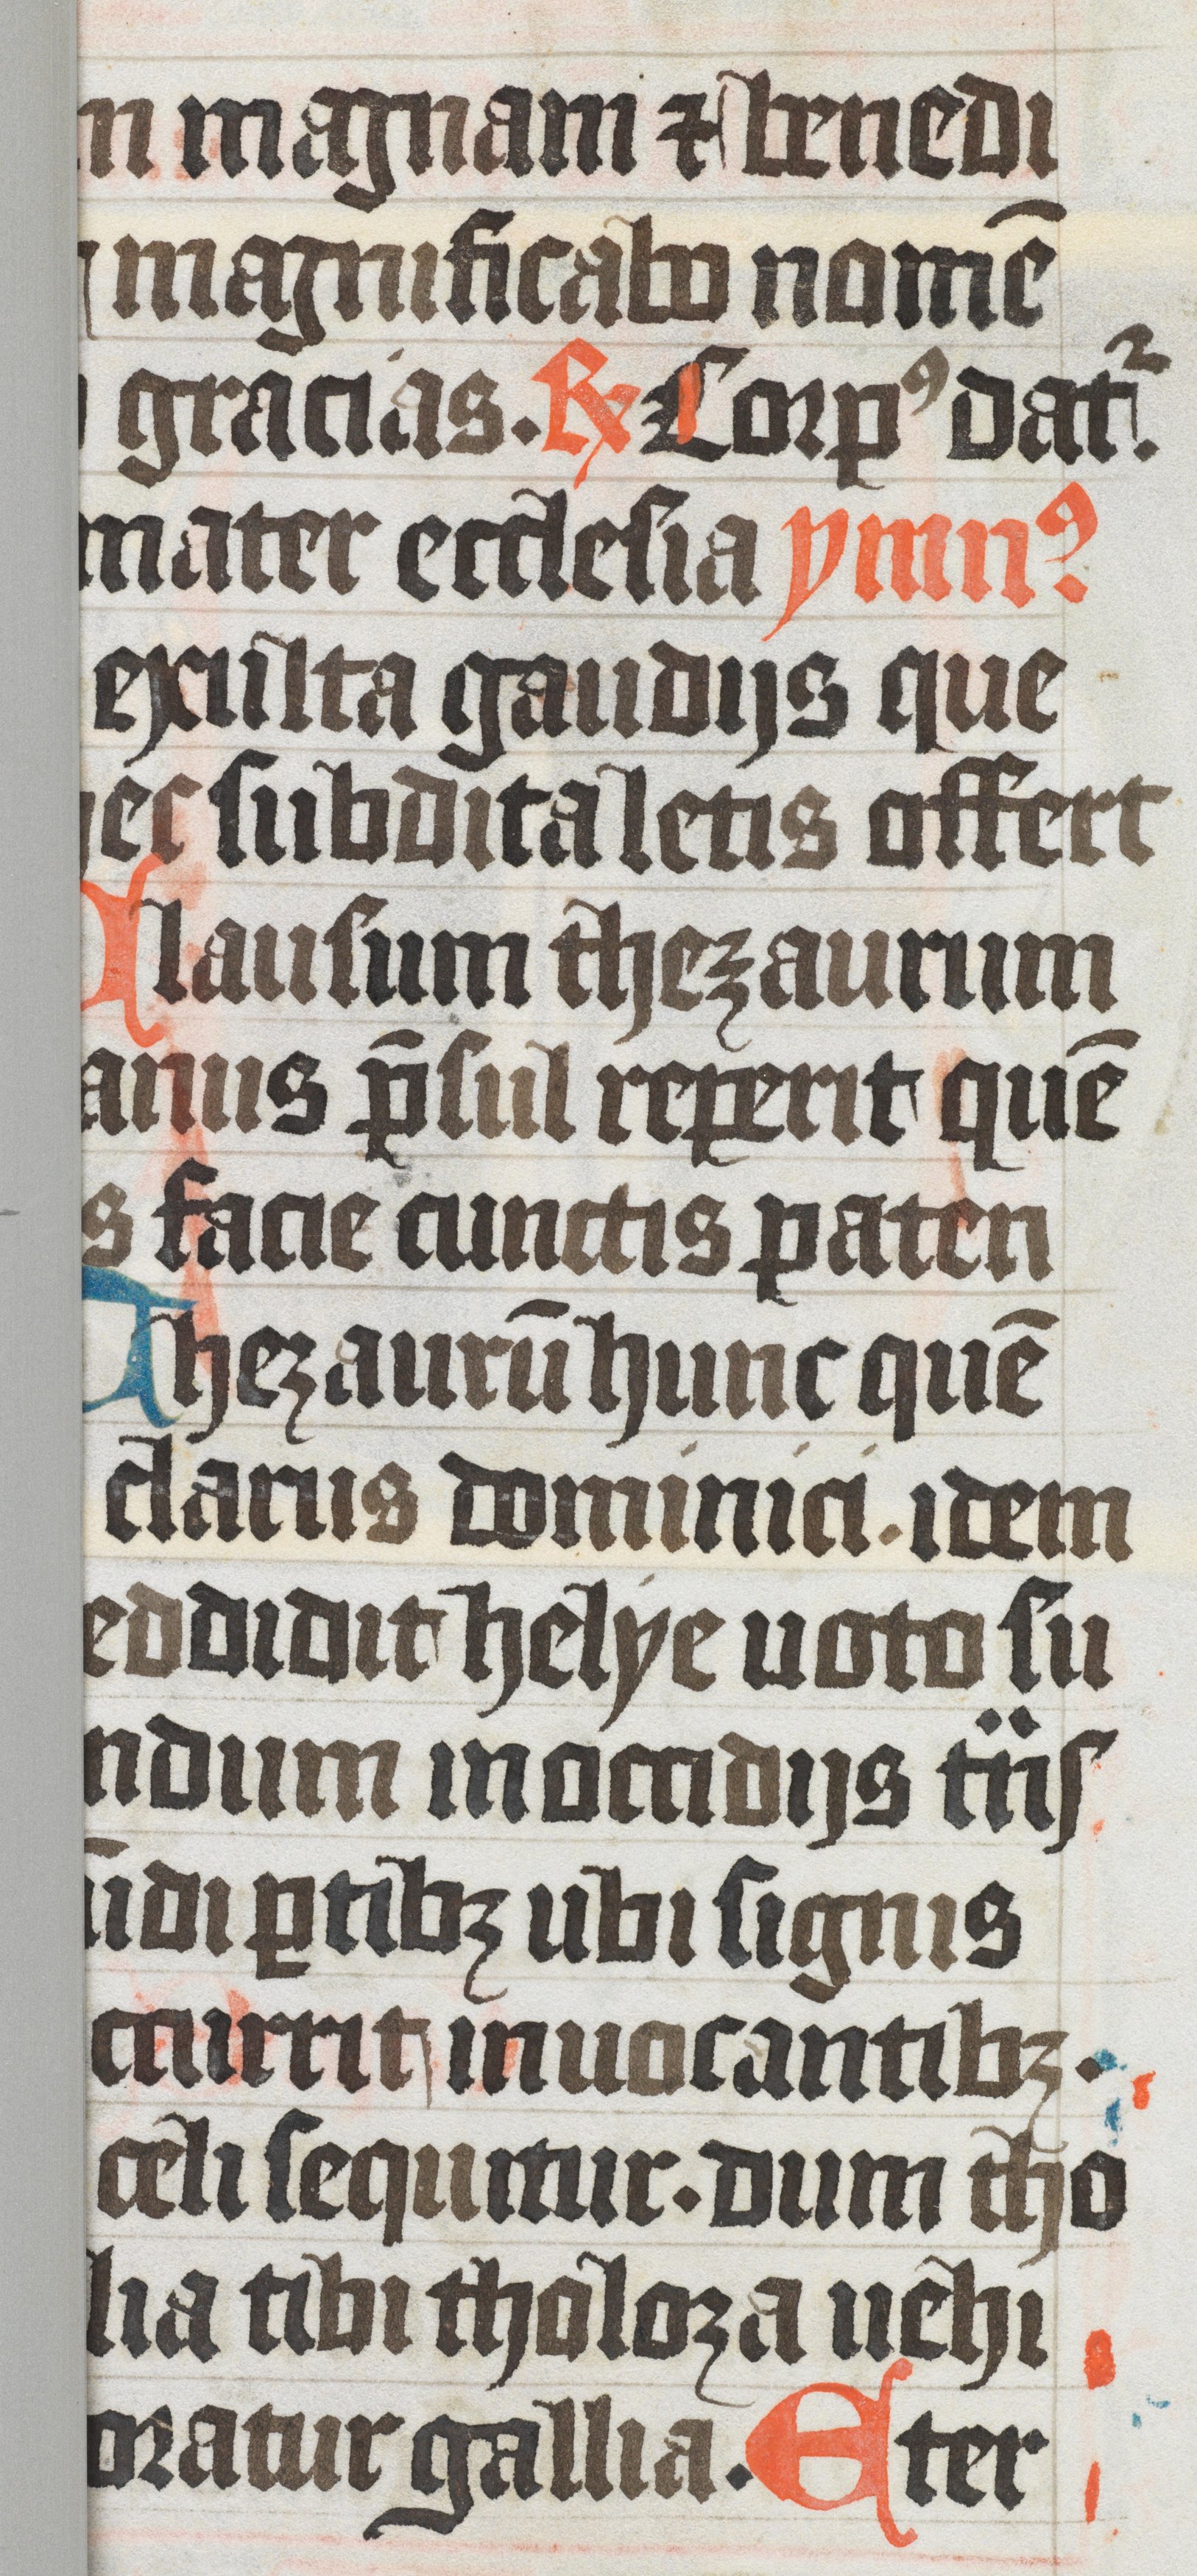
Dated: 1350–1399